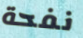
نفحة